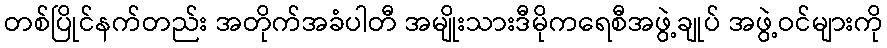
တစ်ပြိုင်နက်တည်း အတိုက်အခံပါတီ အမျိုးသားဒီမိုကရေစီအဖွဲ့ချုပ် အဖွဲ့ဝင်များကို